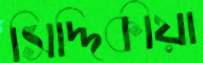
সিদ্দিকীয়া